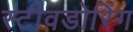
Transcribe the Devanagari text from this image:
स्टीवडोरिंग